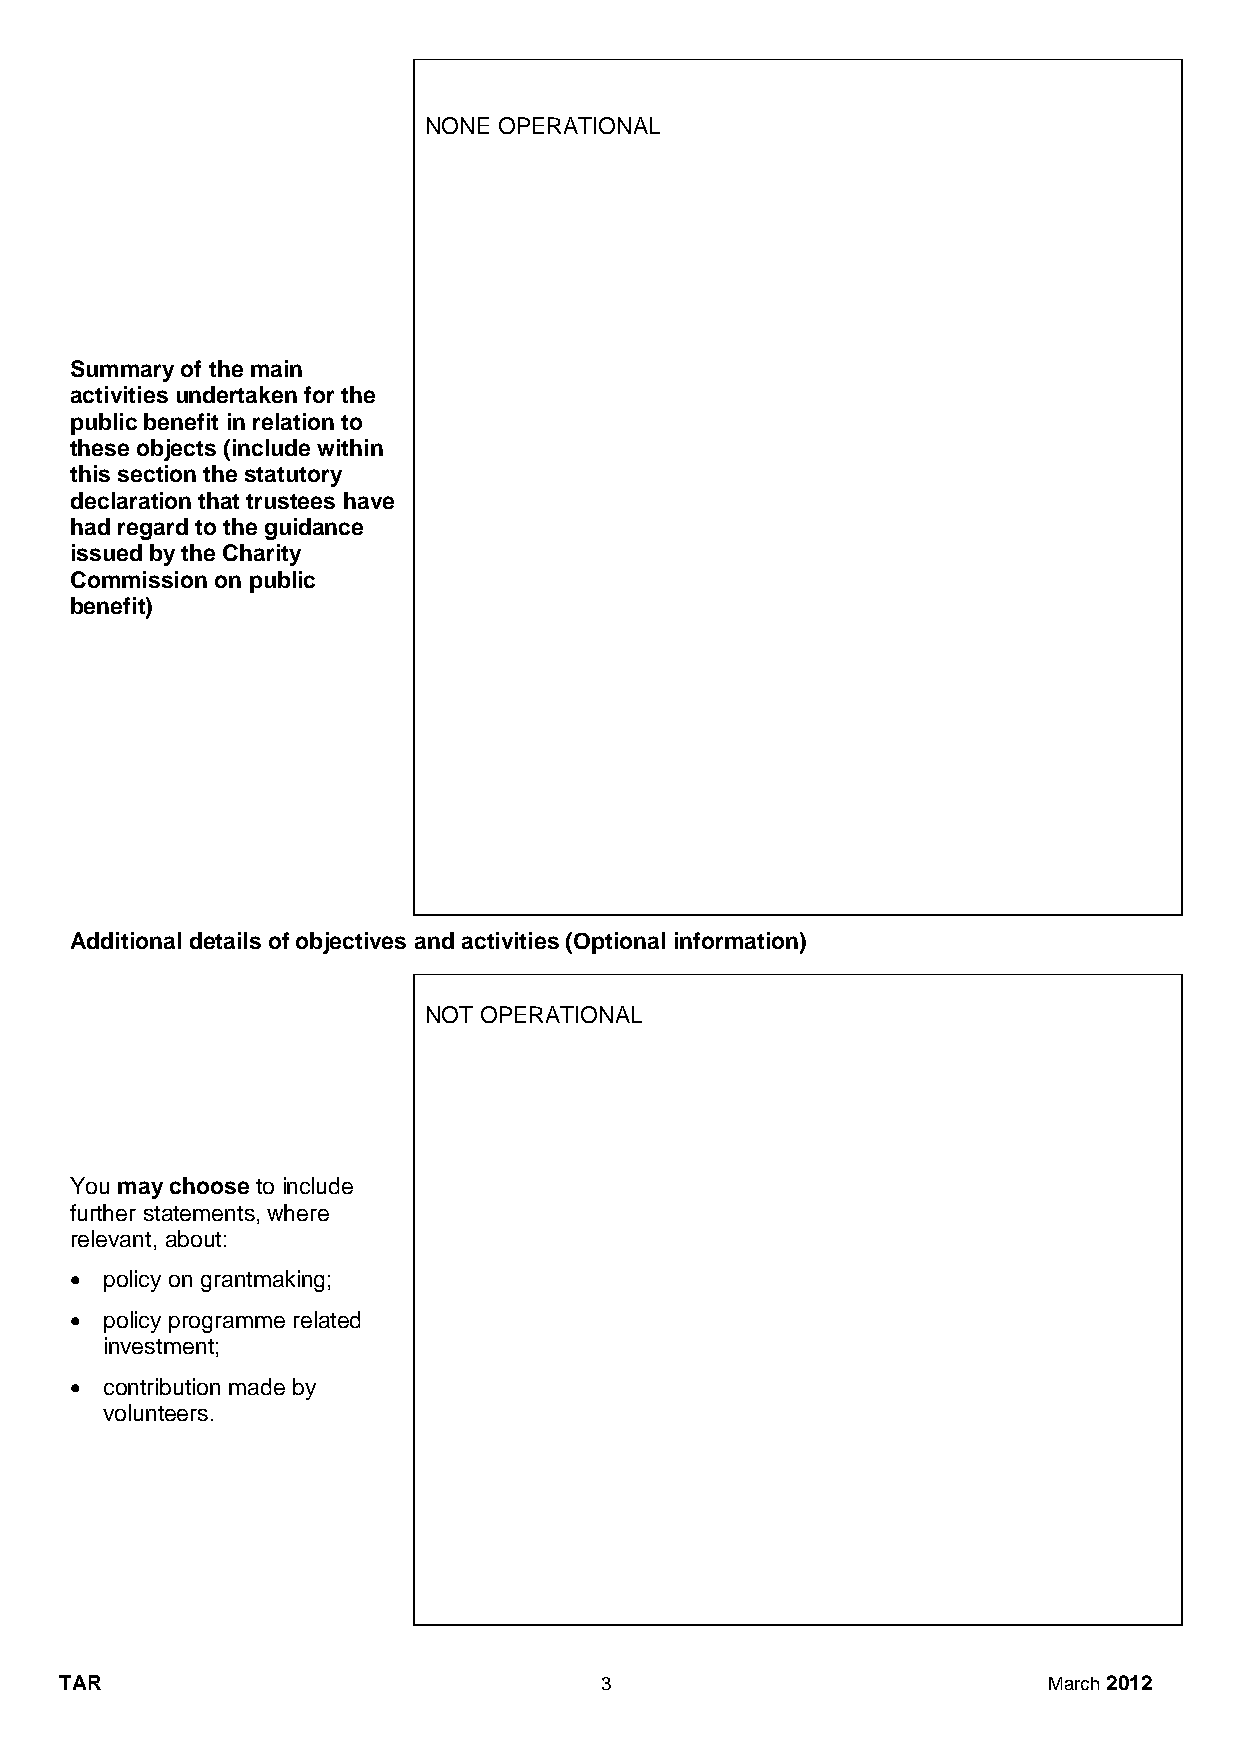
NONE OPERATIONAL
 Summary of the main
 activities undertaken for the
 public benefit in relation to
 these objects (include within
 this section the statutory
 declaration that trustees have
 had regard to the guidance
 issued by the Charity
 Commission on public
 benefit)
 Additional details of objectives and activities (Optional information)
 NOT OPERATIONAL
 You may choose to include
 further statements, where
 relevant, about:
  policy on grantmaking;
  policy programme related
 investment;
  contribution made by
 volunteers.
 TAR                                 3                            March 2012